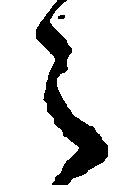
之